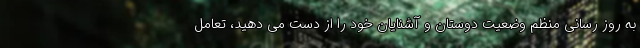
به روز رسانی منظم وضعیت دوستان و آشنایان خود را از دست می دهید، تعامل